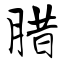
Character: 腊